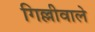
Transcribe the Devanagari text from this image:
गिल्लीवाले